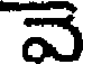
వె